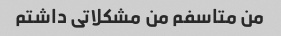
من متاسفم من مشکلاتی داشتم